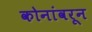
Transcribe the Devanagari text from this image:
कोनांवरून